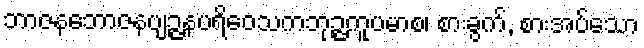
ဘာဇနဘောဇနဗျဉ္ဇနပရိဝေသကဘုဉ္ဇကူပမာစ၊ စားခွက်, စားအပ်သော